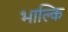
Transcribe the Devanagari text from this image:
भाल्कि